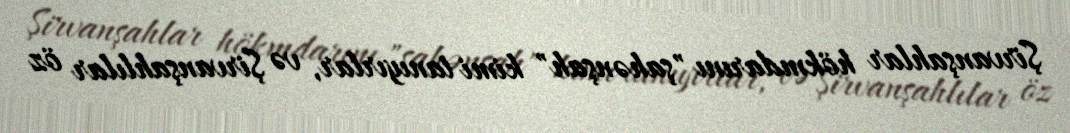
Şirvanşahlar hökmdarını "şahənşah" kimi tanıyırlar, və Şirvanşahlılar öz